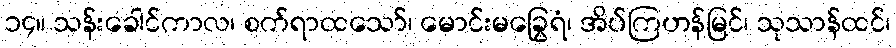
၁၄။ သန်းခေါင်ကာလ၊ စက်ရာထသော်၊ မောင်းမခြွေရံ၊ အိပ်ကြဟန်မြင်၊ သုသာန်ထင်၊